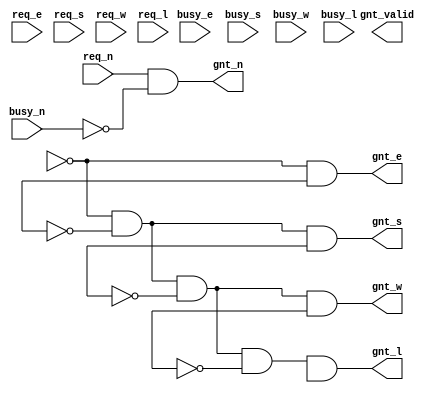
module f_arbiter(gnt_valid,
	req_n, busy_n, gnt_n, 
	req_e, busy_e, gnt_e, 
	req_s, busy_s, gnt_s, 
	req_w, busy_w, gnt_w, 
	req_l, busy_l, gnt_l, 
	);
input req_n, req_e, req_s, req_w, req_l; 

input busy_n, busy_e, busy_s, busy_w, busy_l; 

output gnt_n, gnt_e, gnt_s, gnt_w, gnt_l; 

output gnt_valid;


	assign gnt_n = req_n & !busy_n;
	assign gnt_e = !n_valid & s_valid;
	assign gnt_s = !n_valid & !s_valid & e_valid;
	assign gnt_w = !n_valid & !s_valid & !e_valid & w_valid;
	assign gnt_l = !n_valid & !s_valid & !e_valid & !w_valid & l_valid;
	
endmodule